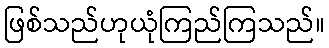
ဖြစ်သည်ဟုယုံကြည်ကြသည်။